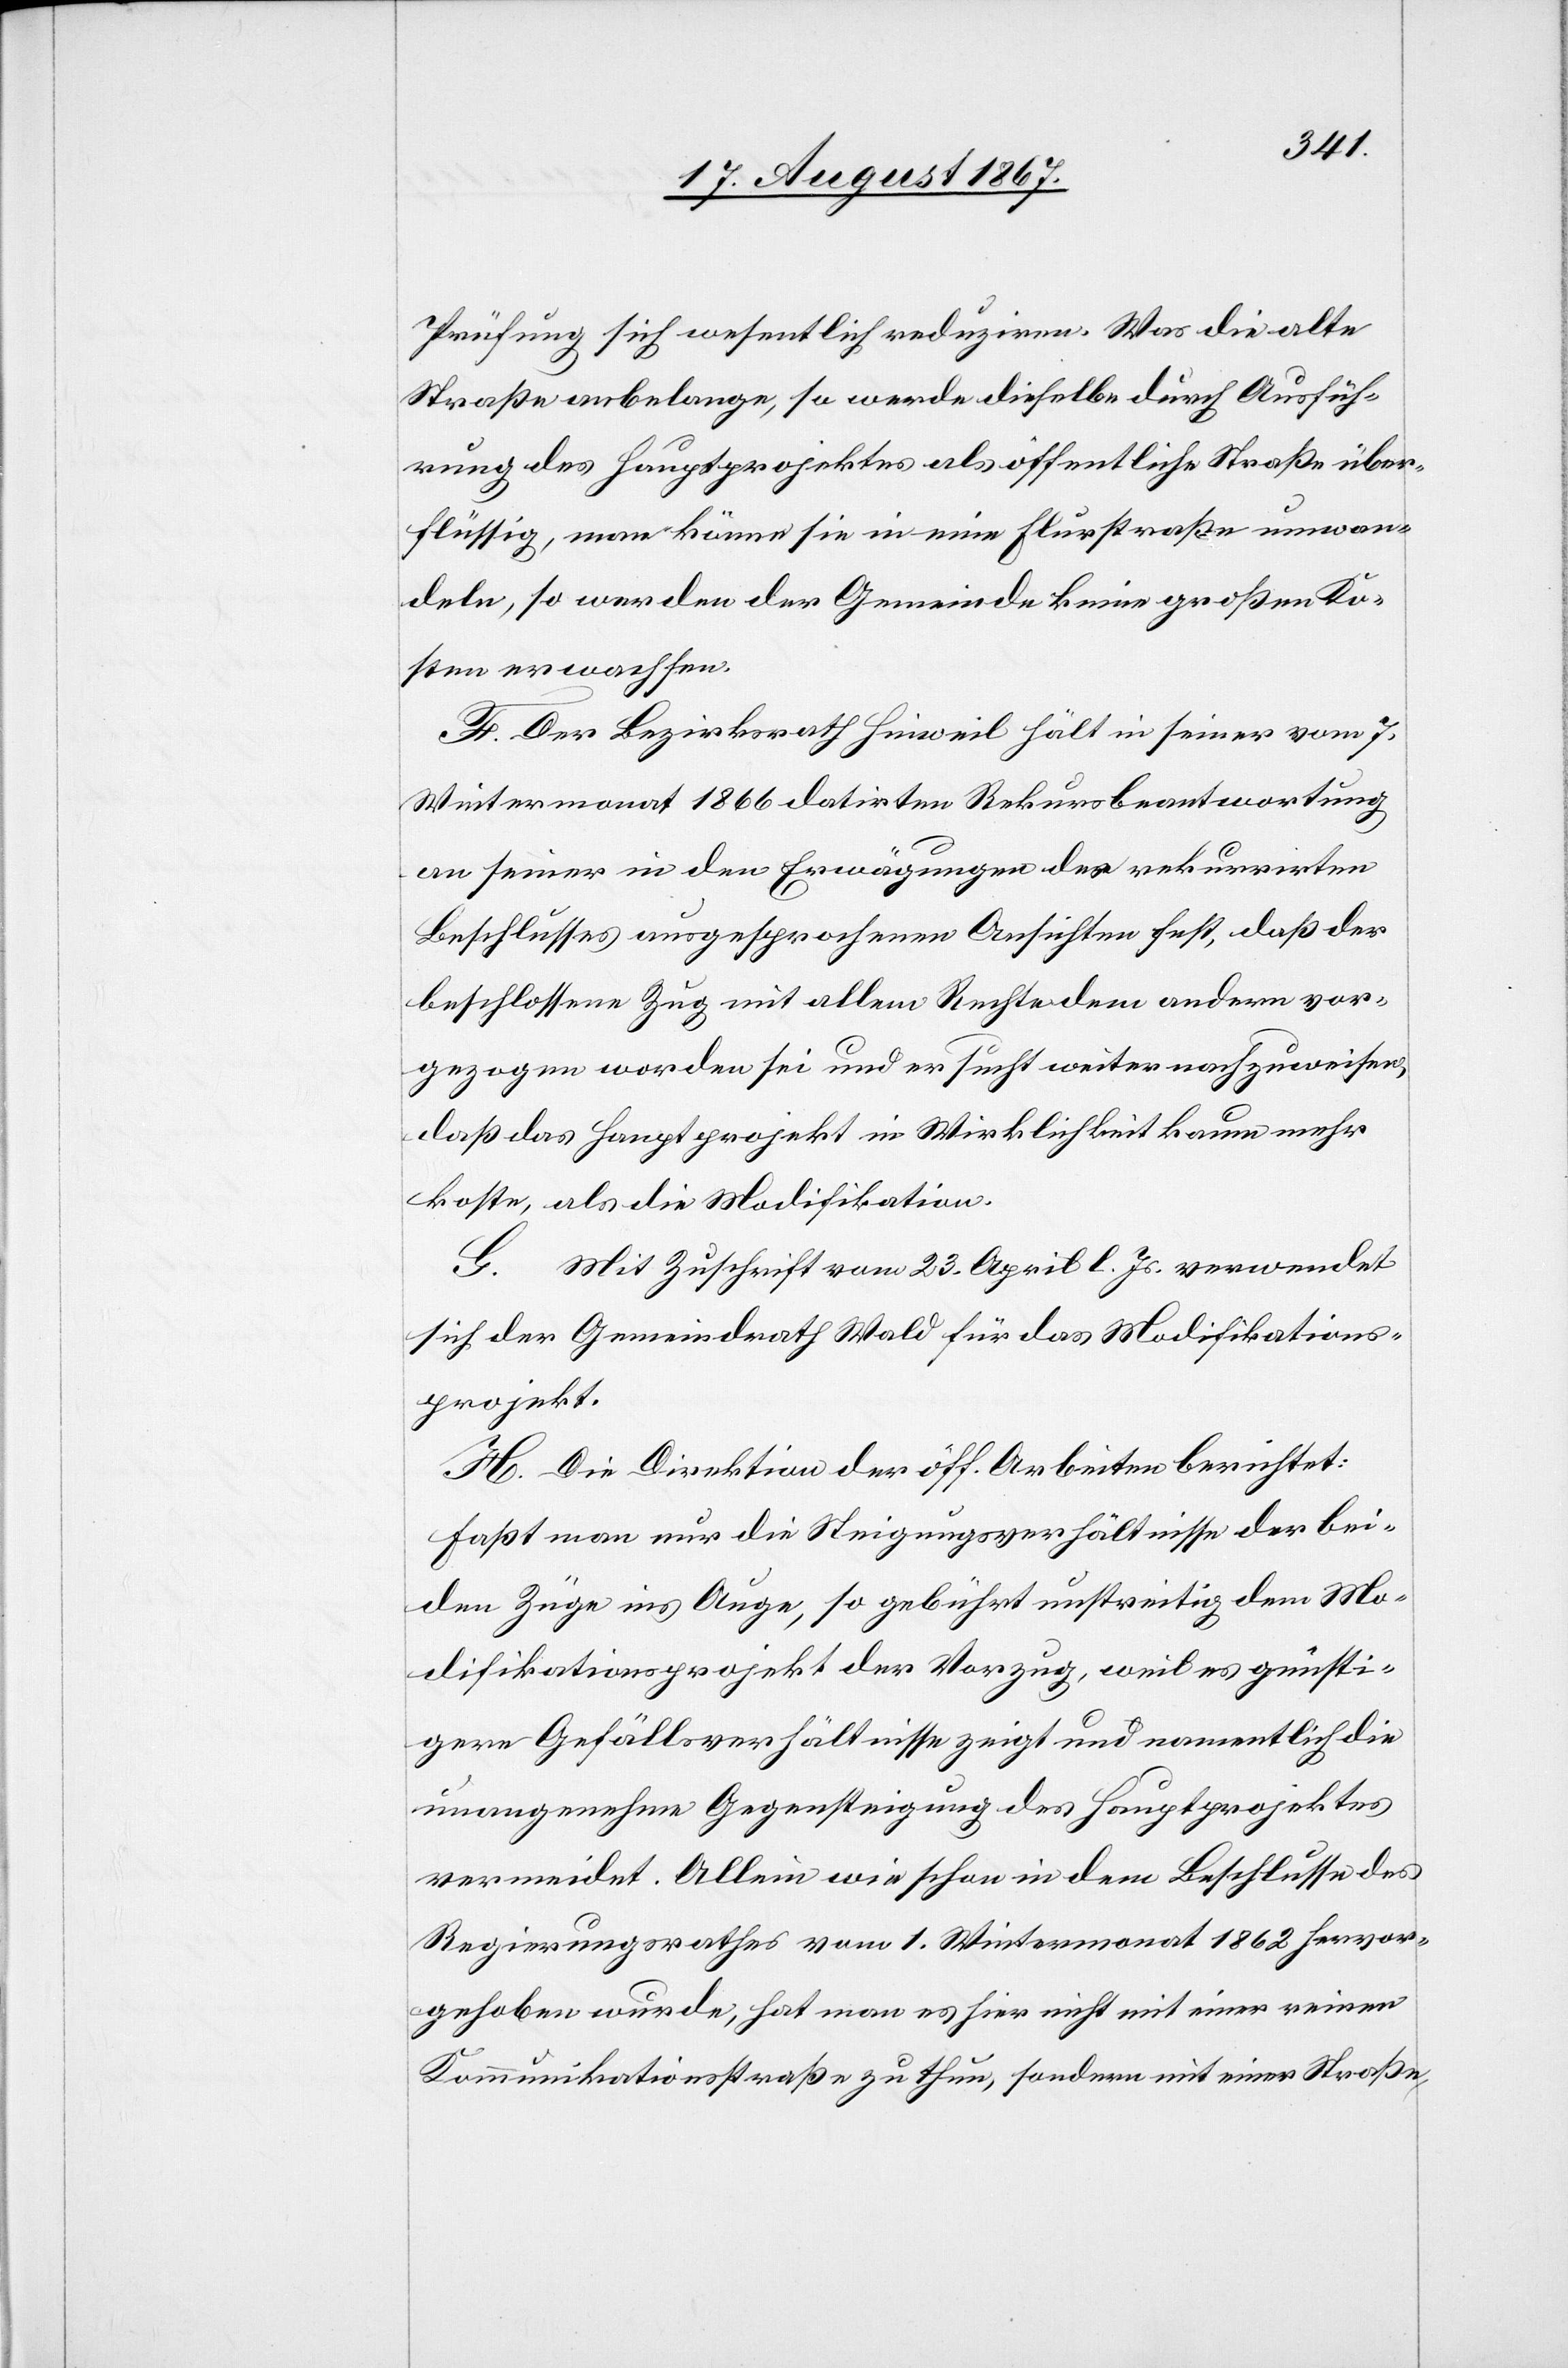
Prüfung sich wesentlich reduziren. Was die alte
Straße anbelange, so werde dieselbe durch Ausfüh¬
rung des Hauptprojektes als öffentliche Straße über¬
flüssig, man könne sie in eine Flurstraße umwan¬
deln, so werden der Gemeinde keine großen Ko¬
sten erwachsen.
F. Der Bezirksrath Hinweil hält in seiner vom 7.
Wintermonat 1866 datirten Rekursbeantwortung
an seinen in den Erwägungen des rekurrirten
Beschlusses ausgesprochenen Ansichten fest, daß der
beschlossene Zug mit allem Rechte den andern vor¬
gezogen worden sei und er sucht weiter nachzuweisen,
daß das Hauptprojekt in Wirklichkeit kaum mehr
koste, als die Modifikation.
G. Mit Zuschrift vom 23. April l. Js. verwendet
sich der Gemeindrath Wald für das Modifikations¬
projekt.
H. Die Direktion der öff. Arbeiten berichtet:
Faßt man nur die Steigungsverhältnisse der bei¬
den Züge ins Auge, so gebührt unstreitig dem Mo¬
difikationsprojekt der Vorzug, weil es günsti¬
gere Gefällsverhältnisse zeigt und namentlich die
unangenehme Gegensteigung des Hauptprojektes
vermeidet. Allein wie schon in dem Beschlusse des
Regierungsrathes vom 1. Wintermonat 1862 hervor¬
gehoben wurde, hat man hier nicht mit einer reinen
Kommunikationsstraße zu thun, sondern mit einer Straße